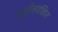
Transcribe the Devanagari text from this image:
पूर्वाकांक्षित